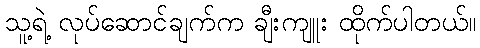
သူ့ရဲ့ လုပ်ဆောင်ချက်က ချီးကျူး ထိုက်ပါတယ်။